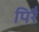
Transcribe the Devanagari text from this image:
पिरै